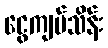
ငွေကျပ်သိန်း